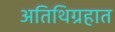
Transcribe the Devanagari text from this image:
अतिथिग्रहात